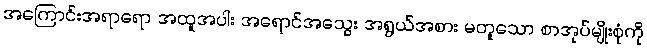
အကြောင်းအရာရော အထူအပါး အရောင်အသွေး အရွယ်အစား မတူသော စာအုပ်မျိုးစုံကို